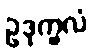
ဥဒုက္ခလံ